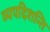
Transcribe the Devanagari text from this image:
व्यपदिशन्ति